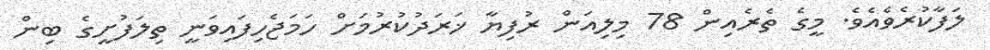
ލަފާކުރެވެއެވެ. މީގެ ތެރެއިން 78 މިލިއަން ރުފިޔާ ޚަރަދުކުރުމަށް ހަމަޖެހިފައިވަނީ ތިލަފުށީގެ ބިން